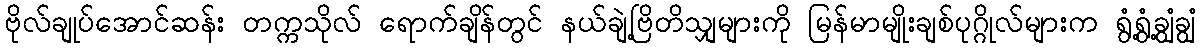
ဗိုလ်ချုပ်အောင်ဆန်း တက္ကသိုလ် ရောက်ချိန်တွင် နယ်ချဲ့ဗြိတိသျှများကို မြန်မာမျိုးချစ်ပုဂ္ဂိုလ်များက ရွံ့ရွံ့ချွံချွံ